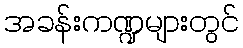
အခန်းကဏ္ဍများတွင်